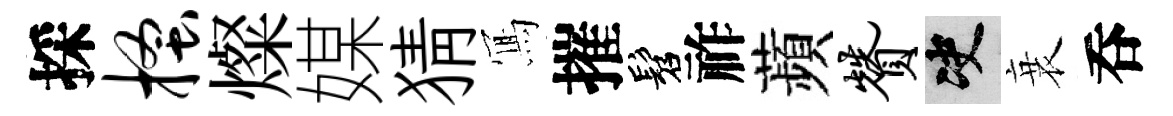
採搔燦媒猜𭂁摧髫祚蘋赞决衰呑